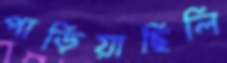
পাড়িয়াছিলি